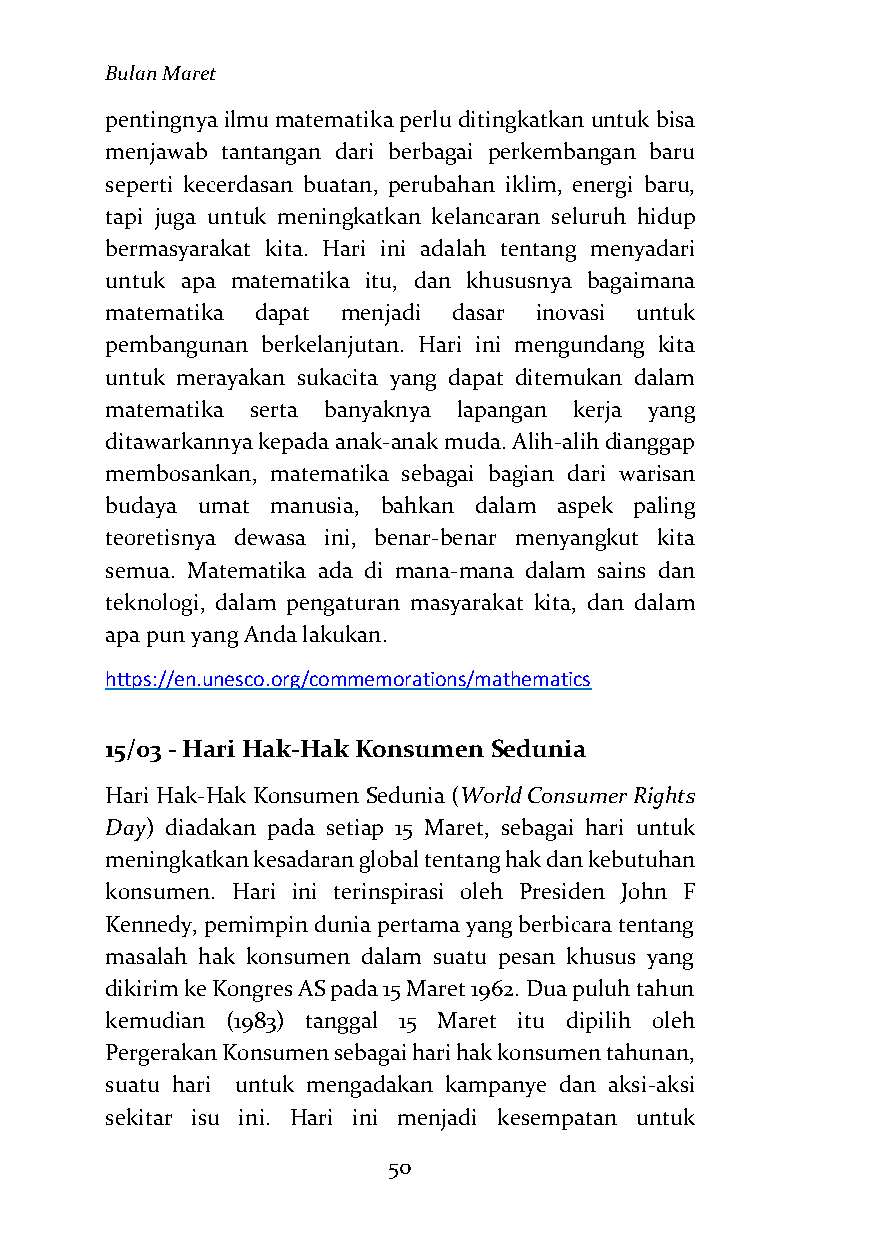
Bulan Maret
 pentingnya ilmu matematika perlu ditingkatkan untuk bisa
 menjawab tantangan dari berbagai perkembangan baru
 seperti kecerdasan buatan, perubahan iklim, energi baru,
 tapi juga untuk meningkatkan kelancaran seluruh hidup
 bermasyarakat kita. Hari ini adalah tentang menyadari
 untuk apa matematika itu, dan khususnya bagaimana
 matematika dapat menjadi dasar inovasi untuk
 pembangunan berkelanjutan. Hari ini mengundang kita
 untuk merayakan sukacita yang dapat ditemukan dalam
 matematika serta banyaknya lapangan kerja yang
 ditawarkannya kepada anak-anak muda. Alih-alih dianggap
 membosankan, matematika sebagai bagian dari warisan
 budaya umat manusia, bahkan dalam aspek paling
 teoretisnya dewasa ini, benar-benar menyangkut kita
 semua. Matematika ada di mana-mana dalam sains dan
 teknologi, dalam pengaturan masyarakat kita, dan dalam
 apa pun yang Anda lakukan.
 https://en.unesco.org/commemorations/mathematics
 15/03 - Hari Hak-Hak Konsumen Sedunia
 Hari Hak-Hak Konsumen Sedunia (World Consumer Rights
 Day) diadakan pada setiap 15 Maret, sebagai hari untuk
 meningkatkan kesadaran global tentang hak dan kebutuhan
 konsumen. Hari ini terinspirasi oleh Presiden John F
 Kennedy, pemimpin dunia pertama yang berbicara tentang
 masalah hak konsumen dalam suatu pesan khusus yang
 dikirim ke Kongres AS pada 15 Maret 1962. Dua puluh tahun
 kemudian (1983) tanggal 15 Maret itu dipilih oleh
 Pergerakan Konsumen sebagai hari hak konsumen tahunan,
 suatu hari untuk mengadakan kampanye dan aksi-aksi
 sekitar isu ini. Hari ini menjadi kesempatan untuk
 50